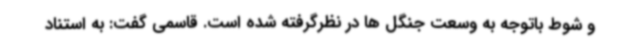
و شوط باتوجه به وسعت جنگل ها در نظرگرفته شده است. قاسمی گفت: به استناد